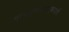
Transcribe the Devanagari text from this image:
परमपुण्यप्रदाएकादशी